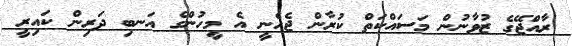
ރާއްޖޭގެ ޒުވާނުން މަސައްކަތް ކުރާން ޖެހެނީ އެ މީހުންގެ އަނބި ދަރިން ކައިރީ